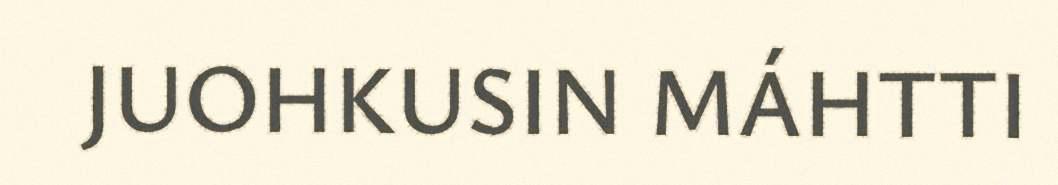
JUOHKUSIN MÁHTTI